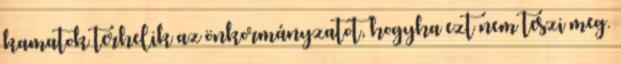
kamatok terhelik az önkormányzatot, hogyha ezt nem teszi meg.